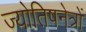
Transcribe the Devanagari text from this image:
ज्योतिषनेत्रों